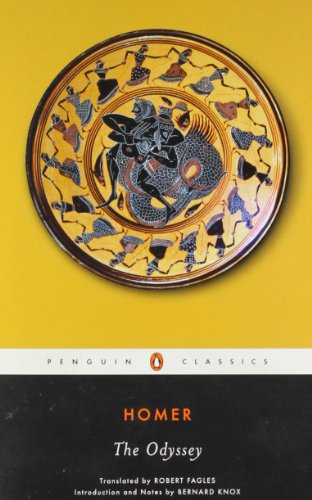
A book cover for The Odyssey (Penguin Classics); Homer; Literature & Fiction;